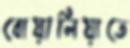
বোয়ালিয়াতে